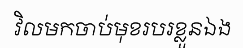
វិលមកចាប់មុខរបរខ្លួនឯង